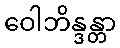
ဝေါဘိန္ဒန္တာ